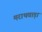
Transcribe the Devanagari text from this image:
मराथवाड़ा